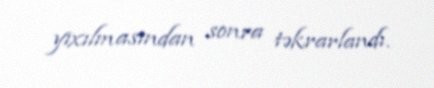
yıxılmasından sonra təkrarlandı.